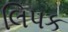
લિપક